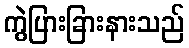
ကွဲပြားခြားနားသည်